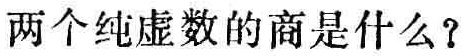
两个纯虚数的商是什么？